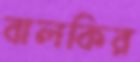
বালকির